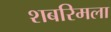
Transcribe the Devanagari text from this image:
शबरिमला